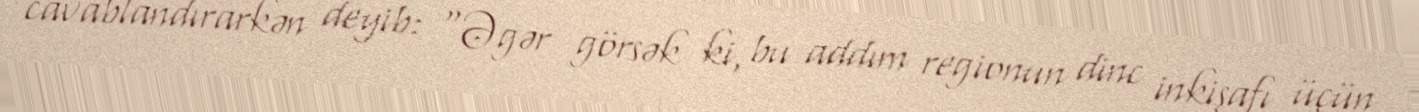
cavablandırarkən deyib: “Əgər görsək ki, bu addım regionun dinc inkişafı üçün